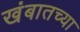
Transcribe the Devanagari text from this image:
खंबातच्या